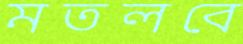
মতলবে